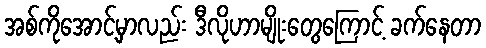
အစ်ကိုအောင့်မှာလည်း ဒီလိုဟာမျိုးတွေကြောင့် ခက်နေတာ